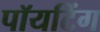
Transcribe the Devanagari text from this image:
पॉयटिंग